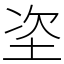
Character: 垐